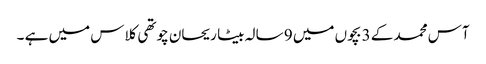
آس محمد کے 3 بچوں میں 9 سالہ بیٹا ریحان چوتھی کلاس میں ہے ۔